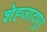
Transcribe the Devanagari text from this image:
शेह्जादपुर